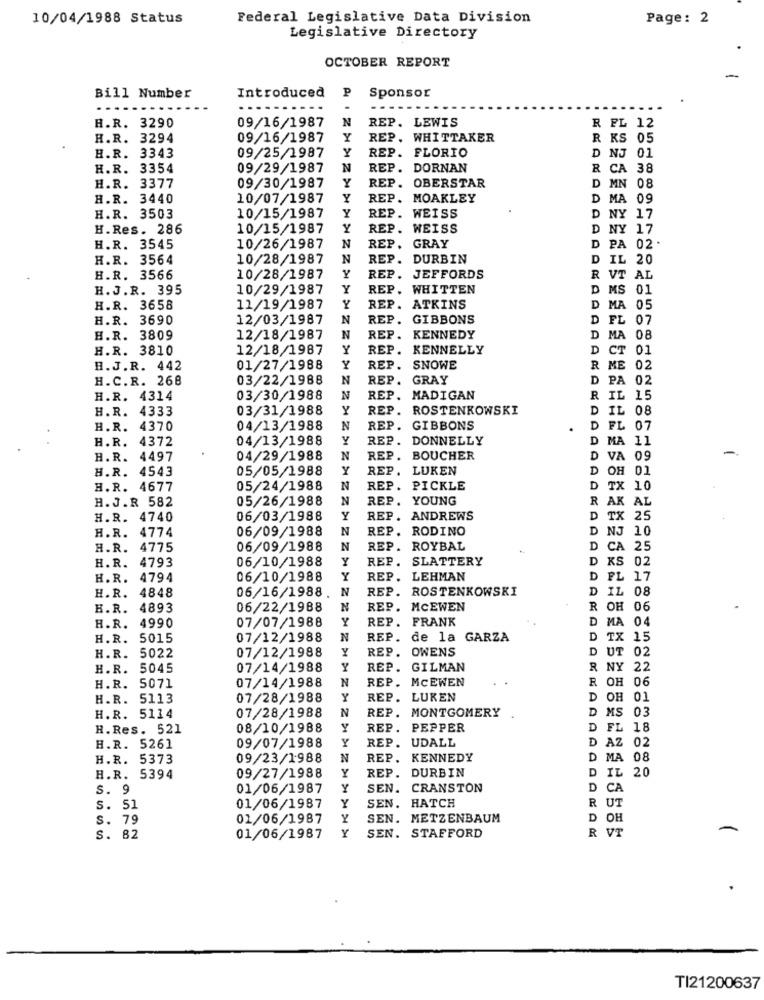
10/04/1988 Status
Federal Legislative Data Division
Page: 2
Legislative Directory
OCTOBER REPORT
P
Bill Number
Introduced
Sponsor
H.R. 3290
09/16/1987
N
REP. LEWIS
R PL 1
H.R. 3294
09/16/1987
Y
REP. WHITTAKER
R KS 05
H.R. 3343
Y
REP. FLORIO
D NJ 01
09/25/1987
H.R. 3354
09/29/1987
N
REP. DORNAN
R CA 38
H.R. 3377
09/30/1987
REP. OBERSTAR
D MN 08
H.R. 3440
10/07/1987
Y
REP. MOAKLEY
D MA 09
H.R. 3503
10/15/1987
Y
REP. WEISS
D NY 17
H. Res. 286
10/15/1987
Y
REP. WEISS
D NY 17
H.R. 3545
10/26/1987
N
REP.
GRAY
D PA 02.
H.R. 3564
10/28/1987
N
REP.
DURBIN
D IL 20
H.R. 3566
10/28/1987
REP.
JEFFORDS
R VT AL
H. J.R. 395
10/29/1987
REP. WHITTEN
D MS 01
H.R. 3658
11/19/1987
REP.
ATKINS
D MA 05
H.R. 3690
12/03/1987
REP.
GIBBONS
D FL 07
H.R. 3809
12/18/1987
REP. KENNEDY
MA 08
H.R. 3810
12/18/1987
REP.
KENNELLY
D CT 01
B. J.R. 442
01/27/1988
REP.
SNOWE
R ME 02
H.C.R. 268
03/22/1988
REP.
GRAY
D PA 02
H.R. 4314
03/30/1988
REP.
MADIGAN
R IL 15
H.R. 4333
03/31/1988
REP.
ROSTENKOWSKI
IL 08
H.R. 4370
04/13/1988
REP. GIBBONS
D FL 07
H.R. 4372
04/13/1988
REP. DONNELLY
D MA 11
H.R. 4497
04/29/1988
REP. BOUCHER
D VA 09
H.R. 4543
05/05/1988
Y
REP. LUKEN
D OH 01
H.R. 4677
05/24/1988
N
REP.
PICKLE
D TX 10
H. J.R 582
05/26/1988
N
REP.
YOUNG
R AK AL
H.R. 4740
06/03/1988
REP . ANDREWS
D TX 25
06/09/1988
REP. RODINO
D NJ 10
H.R. 4774
H.R. 4775
06/09/1988
REP. ROYBAL
CA 25
H.R. 4793
06/10/1988
REP. SLATTERY
D KS 02
H.R. 4794
06/10/1988
REP. LEHMAN
D FL 17
H.R. 4848
06/16/1988
REP. ROSTENKOWSKI
D IL 08
H.R. 4893
06/22/1988
REP. MCEWEN
R OH 06
07/07/1988
REP. FRANK
D MA 04
H.R. 4990
H.R. 5015
07/12/1988
N
REP.
de la GARZA
D TX 15
07/12/1988
REP. OWENS
D UT 02
H.R. 5022
H.R. 5045
07/14/1988
REP.
GILMAN
R NY 22
07/14/1988
REP.
MCEWEN
R OH 06
H.R. 5071
H.R. 5113
07/28/1988
Y
REP. LUKEN
D OH 01
07/28/1988
REP.
MONTGOMERY
D MS 03
H.R. 5114
H. Res. 521
08/10/1988
REP.
PEPPER
D FL 18
09/07/1988
REP.
UDALL
D AZ 02
H.R. 5261
H.R. 5373
09/23/1988
REP. KENNEDY
D MA 08
REP. DURBIN
H.R. 5394
09/27/1988
D IL 20
s. 9
01/06/1987
SEN. CRANSTON
D CA
Y
SEN. HATCH
R UT
s. 51
01/06/1987
s. 79
01/06/1987
Y
SEN. METZENBAUM
D OH
Y
R VT
S. 82
01/06/1987
SEN. STAFFORD
TI21200637